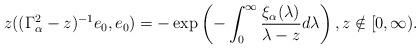
LaTeX: \begin{align*}z((\Gamma_\alpha^2-z)^{-1}e_0,e_0)=-\exp\left(-\int_0^\infty\frac{\xi_\alpha(\lambda)}{\lambda-z}d\lambda\right),z\notin[0,\infty).\end{align*}